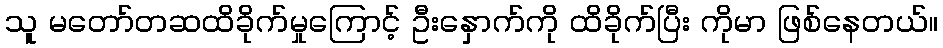
သူ မတော်တဆထိခိုက်မှုကြောင့် ဦးနှောက်ကို ထိခိုက်ပြီး ကိုမာ ဖြစ်နေတယ်။